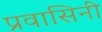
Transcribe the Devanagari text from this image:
प्रवासिनी